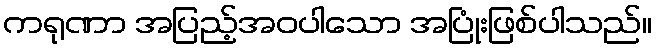
ကရုဏာ အပြည့်အဝပါသော အပြုံးဖြစ်ပါသည်။